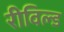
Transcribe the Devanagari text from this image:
रीविल्ड